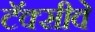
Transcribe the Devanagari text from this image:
टॅक्सीवे